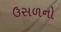
ઉસળનો